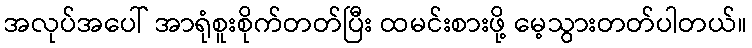
အလုပ်အပေါ် အာရုံစူးစိုက်တတ်ပြီး ထမင်းစားဖို့ မေ့သွားတတ်ပါတယ်။